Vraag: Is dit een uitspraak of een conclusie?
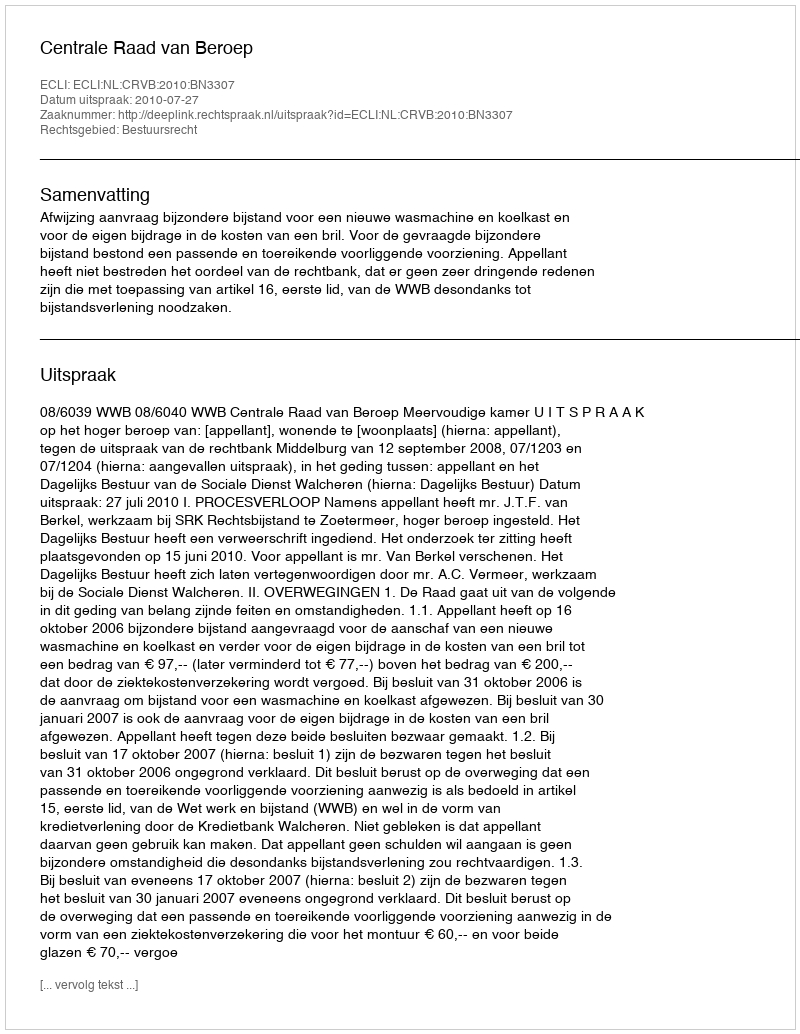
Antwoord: Uitspraak